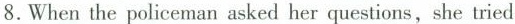
8.When the policeman asked her questions,she tried